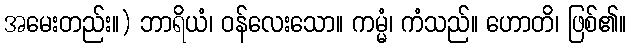
အမေးတည်း။) ဘာရိယံ၊ ဝန်လေးသော။ ကမ္မံ၊ ကံသည်။ ဟောတိ၊ ဖြစ်၏။